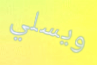
ويسلي